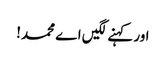
اور کہنے لگیں اے محمد!